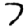
Digit: 7